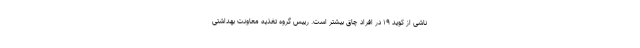
ناشی از کوید ۱۹ در افراد چاق بیشتر است. رییس گروه تغذیه معاونت بهداشتی